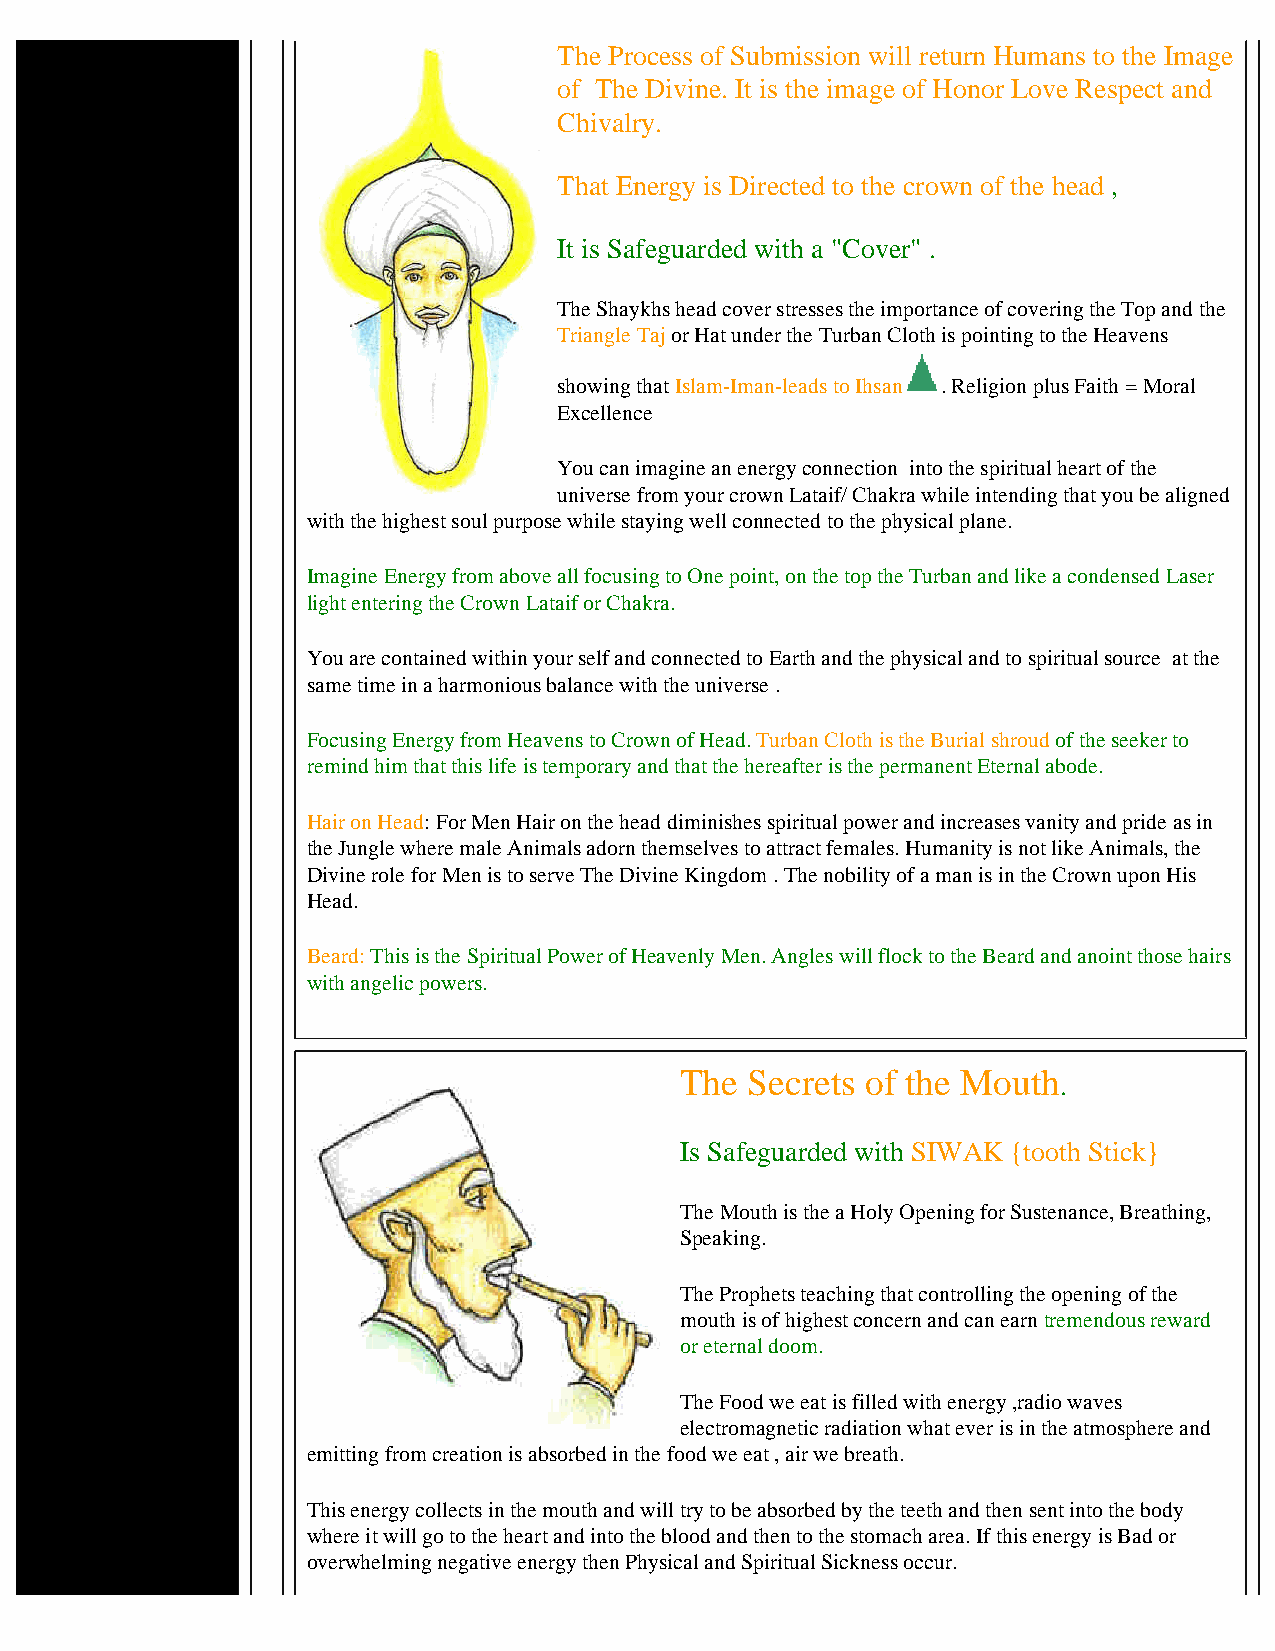
The Process of Submission will return Humans to the Image
 of The Divine. It is the image of Honor Love Respect and
 Chivalry.
 That Energy is Directed to the crown of the head ,
 It is Safeguarded with a "Cover" .
 The Shaykhs head cover stresses the importance of covering the Top and the
 Triangle Taj or Hat under the Turban Cloth is pointing to the Heavens
 showing that Islam-Iman-leads to Ihsan . Religion plus Faith = Moral
 Excellence
 You can imagine an energy connection into the spiritual heart of the
 universe from your crown Lataif/ Chakra while intending that you be aligned
 with the highest soul purpose while staying well connected to the physical plane.
 Imagine Energy from above all focusing to One point, on the top the Turban and like a condensed Laser
 light entering the Crown Lataif or Chakra.
 You are contained within your self and connected to Earth and the physical and to spiritual source at the
 same time in a harmonious balance with the universe .
 Focusing Energy from Heavens to Crown of Head. Turban Cloth is the Burial shroud of the seeker to
 remind him that this life is temporary and that the hereafter is the permanent Eternal abode.
 Hair on Head: For Men Hair on the head diminishes spiritual power and increases vanity and pride as in
 the Jungle where male Animals adorn themselves to attract females. Humanity is not like Animals, the
 Divine role for Men is to serve The Divine Kingdom . The nobility of a man is in the Crown upon His
 Head.
 Beard: This is the Spiritual Power of Heavenly Men. Angles will flock to the Beard and anoint those hairs
 with angelic powers.
 The  Secrets of the Mouth
 .
 Is Safeguarded with SIWAK {tooth Stick}
 The Mouth is the a Holy Opening for Sustenance, Breathing,
 Speaking.
 The Prophets teaching that controlling the opening of the
 mouth is of highest concern and can earn tremendous reward
 or eternal doom.
 The Food we eat is filled with energy ,radio waves
 electromagnetic radiation what ever is in the atmosphere and
 emitting from creation is absorbed in the food we eat , air we breath.
 This energy collects in the mouth and will try to be absorbed by the teeth and then sent into the body
 where it will go to the heart and into the blood and then to the stomach area. If this energy is Bad or
 overwhelming negative energy then Physical and Spiritual Sickness occur.